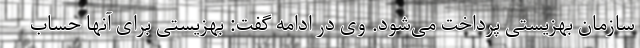
سازمان بهزیستی پرداخت می‌شود. وی در ادامه گفت: بهزیستی برای آنها حساب